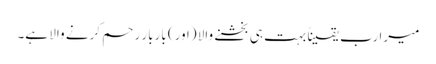
میرا رب یقیناً بہت ہی بخشنے والا (اور) باربار رحم کرنے والا ہے۔